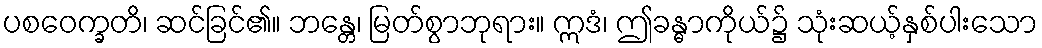
ပစဝေက္ခတိ၊ ဆင်ခြင်၏။ ဘန္တေ၊ မြတ်စွာဘုရား။ ဣဒံ၊ ဤခန္ဓာကိုယ်၌ သုံးဆယ့်နှစ်ပါးသော